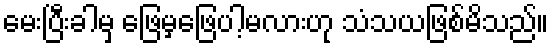
မေးပြီးခါမှ ဖြေမှဖြေပါ့မလားဟု သံသယဖြစ်မိသည်။